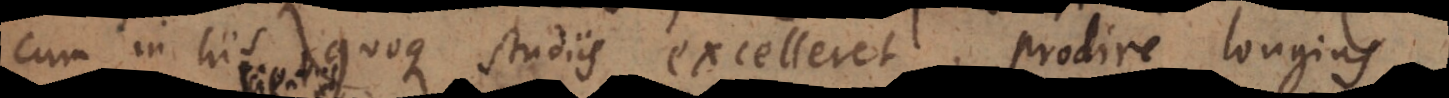
cum in his quoque studiis excelleret, prodire longius